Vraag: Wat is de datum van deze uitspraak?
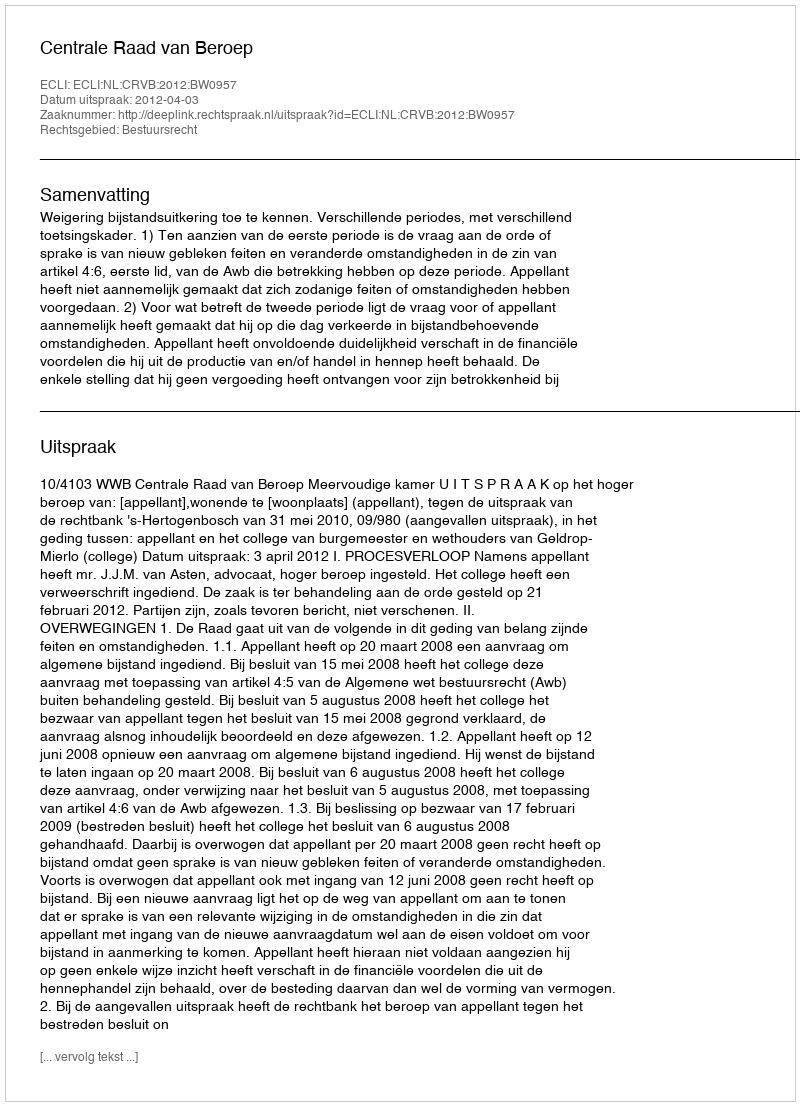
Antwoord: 2012-04-03